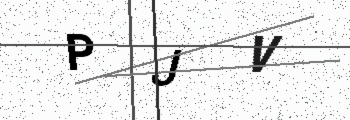
Text: PJV